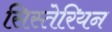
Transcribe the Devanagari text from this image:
सिस्तेरियन